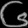
Digit: ၆